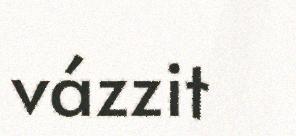
vázzit